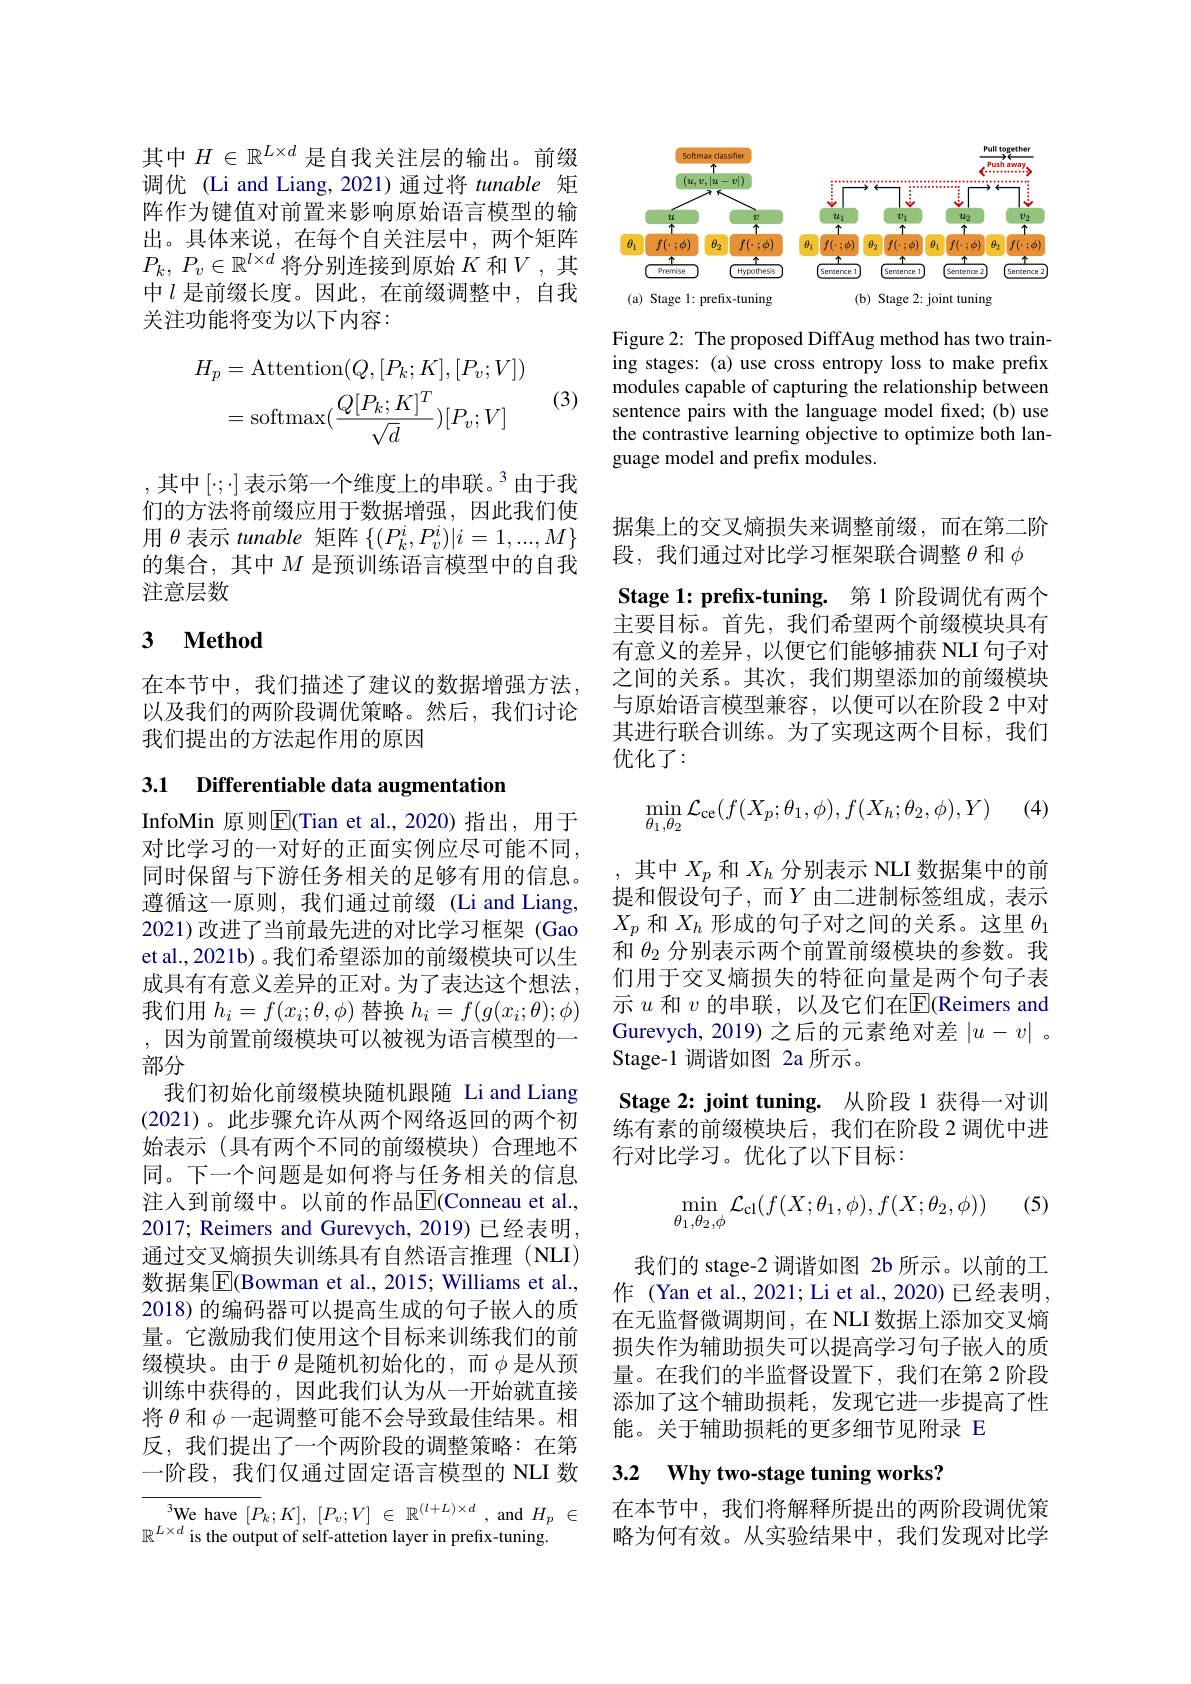
其中$H\in\mathbb{R}^{L\times d}$是自我关注层的输出。前缀调优 (Li and Liang, 2021)通过将 tunable 矩阵作为键值对前置来影响原始语言模型的输出。具体来说，在每个自关注层中，两个矩阵$P_k$, $P_v\in \mathbb{R} ^{l\times d}$将分别连接到原始$K$ 和$V$,其中$l$是前缀长度。因此，在前缀调整中，自我关注功能将变为以下内容：

(3)
$$\begin{aligned}H_{p}&=\mathrm{Attention}(Q,[P_{k};K],[P_{v};V])\\&=\mathrm{softmax}(\frac{Q[P_{k};K]^{T}}{\sqrt{d}})[P_{v};V]\end{aligned}$$
,其中$[\cdot;\cdot]$表示第一个维度上的串联。$^3$由于我们的方法将前缀应用于数据增强，因此我们使用$\theta$表示 tunable 矩阵$\{(P_k^i,P_v^i)|i=1,...,M\}$ 的集合，其中$M$ 是预训练语言模型中的自我注意层数

## 3 $\textbf{Method}$

在本节中，我们描述了建议的数据增强方法， 以及我们的两阶段调优策略。然后，我们讨论我们提出的方法起作用的原因

3.1 Differentiable data augmentation

InfoMin 原则$\overline{\mathrm{E}}$(Tian et al.,2020)指出，用于对比学习的一对好的正面实例应尽可能不同， 同时保留与下游任务相关的足够有用的信息。遵循这一原则，我们通过前缀(Li and Liang, 2021)改进了当前最先进的对比学习框架 (Gao et al., 2021b) 。我们希望添加的前缀模块可以生成具有有意义差异的正对。为了表达这个想法， 我们用$h_i=f(x_i;\theta,\phi)$替换$h_i=f(g(x_i;\theta);\phi)$ ,因为前置前缀模块可以被视为语言模型的一部分
我们初始化前缀模块随机跟随 Li and Liang (2021)。此步骤允许从两个网络返回的两个初始表示 (具有两个不同的前缀模块)合理地不同。下一个问题是如何将与任务相关的信息注入到前缀中。以前的作品E$[ ( Conneauetal. $, 2017; Reimers and Gurevych, 2019) 已经表明， 通过交叉熵损失训练具有自然语言推理(NLI) 数据集$|\mathbb{E}|$Bowman et al., 2015; Williams et al., 2018) 的编码器可以提高生成的句子嵌人的质量。它激励我们使用这个目标来训练我们的前缀模块。由于$\theta$是随机初始化的，而$\phi$是从预训练中获得的，因此我们认为从一开始就直接将$\theta$和$\phi$一起调整可能不会导致最佳结果。相反，我们提出了一个两阶段的调整策略：在第一阶段，我们仅通过固定语言模型的 NLI 数

$^{3}$We have$[ P_k; K] $, $[ P_v; V]$ $\in$ $\mathbb{R} ^{( l+ L) \times d}$ ,and$H_p$ $\in$
$\mathbb{R}^{L\times d}$ is the output of self-attetion layer in prefix-tuning

<FigureHere>

Figure 2: The proposed DiffAug method has two training stages: (a) use cross entropy loss to make prefix modules capable of capturing the relationship between sentence pairs with the language model fixed; (b) use the contrastive learning objective to optimize both language model and prefix modules.

据集上的交叉熵损失来调整前缀，而在第二阶
段，我们通过对比学习框架联合调整$\theta$和$\phi$
Stage 1: prefix-tuning. 第 1 阶段调优有两个主要目标。首先，我们希望两个前缀模块具有有意义的差异，以便它们能够捕获 NLI 句子对之间的关系。其次，我们期望添加的前缀模块与原始语言模型兼容，以便可以在阶段 2 中对其进行联合训练。为了实现这两个目标，我们优化了：

(4)
$$\begin{aligned}\min_{\theta_1,\theta_2}\mathcal{L}_{\text{ce}}(f(X_p;\theta_1,\phi),f(X_h;\theta_2,\phi),Y)\end{aligned}$$
其中$X_p$和$X_h$分别表示 NLI 数据集中的前提和假设句子，而$Y$由二进制标签组成，表示$X_p$和$X_h$形成的句子对之间的关系。这里$\theta_1$ 和$\theta_{2}$分别表示两个前置前缀模块的参数。我们用于交叉熵损失的特征向量是两个句子表示$u$和$v$的串联，以及它们在$\overline{\mathrm{E}}($Reimers and Gurevych, 2019) 之后的元素绝对差$|u-v|$ 。Stage-1 调谐如图 2a 所示。
Stage 2: joint tuning. 从阶段 1 获得一对训练有素的前缀模块后，我们在阶段 2 调优中进行对比学习。优化了以下目标：

(5)
$$\min\limits_{\theta_1,\theta_2,\phi}\mathcal{L}_{\mathrm{cl}}(f(X;\theta_1,\phi),f(X;\theta_2,\phi))$$
我们的 stage-2 调谐如图 2b 所示。以前的工作 (Yan et al., 2021; Li et al., 2020) 已经表明， 在无监督微调期间，在 NLI 数据上添加交叉熵损失作为辅助损失可以提高学习句子嵌入的质量。在我们的半监督设置下，我们在第 2 阶段添加了这个辅助损耗，发现它进一步提高了性能。关于辅助损耗的更多细节见附录 E

# 3.2 Why two-stage tuning works?

在本节中，我们将解释所提出的两阶段调优策略为何有效。从实验结果中，我们发现对比学